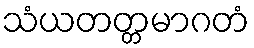
သံယတတ္တမာဂတံ